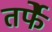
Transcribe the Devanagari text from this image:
तर्फेे